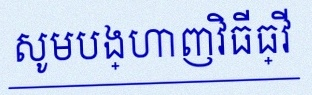
សូមបង្ហាញវិធីធ្វើ